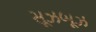
સૂઝબૂઝ